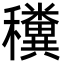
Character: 䆏